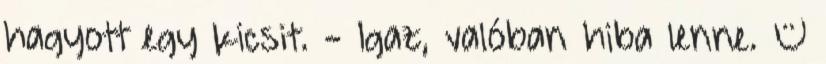
hagyott egy kicsit. - Igaz, valóban hiba lenne. –